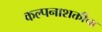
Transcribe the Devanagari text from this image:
कल्पनाशक्तीचा